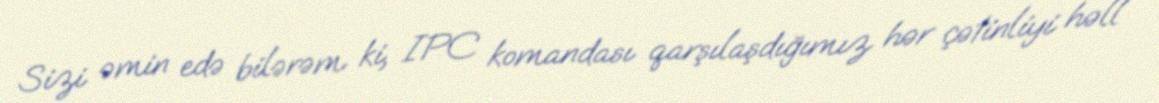
Sizi əmin edə bilərəm ki, IPC komandası qarşılaşdığımız hər çətinliyi həll